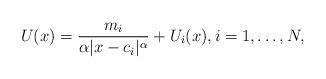
LaTeX: \begin{align*}U(x) = \frac{m_i}{\alpha \vert x - c_i \vert^{\alpha}} + U_i(x), i=1,\ldots,N,\end{align*}